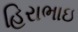
હિરાભાઇ